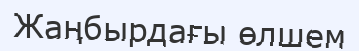
Жаңбырдағы өлшем